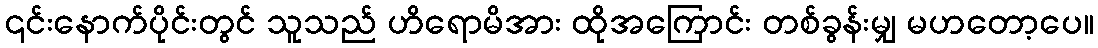
၎င်းနောက်ပိုင်းတွင် သူသည် ဟိရောမိအား ထိုအကြောင်း တစ်ခွန်းမျှ မဟတော့ပေ။